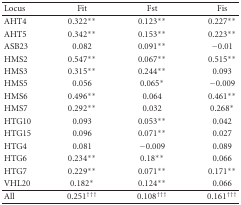
<table><thead><tr><td><b> Locus</b></td><td><b>Fit</b></td><td><b>Fst</b></td><td><b>Fis</b></td></tr></thead><tbody><tr><td>AHT4</td><td>0.322**</td><td>0.123**</td><td>0.227**</td></tr><tr><td>AHT5</td><td>0.342**</td><td>0.153**</td><td>0.223**</td></tr><tr><td>ASB23</td><td>0.082</td><td>0.091**</td><td>−0.01</td></tr><tr><td>HMS2</td><td>0.547**</td><td>0.067**</td><td>0.515**</td></tr><tr><td>HMS3</td><td>0.315**</td><td>0.244**</td><td>0.093</td></tr><tr><td>HMS5</td><td>0.056</td><td>0.065*</td><td>−0.009</td></tr><tr><td>HMS6</td><td>0.496**</td><td>0.064</td><td>0.461**</td></tr><tr><td>HMS7</td><td>0.292**</td><td>0.032</td><td>0.268*</td></tr><tr><td>HTG10</td><td>0.093</td><td>0.053**</td><td>0.042</td></tr><tr><td>HTG15</td><td>0.096</td><td>0.071**</td><td>0.027</td></tr><tr><td>HTG4</td><td>0.081</td><td>−0.009</td><td>0.089</td></tr><tr><td>HTG6</td><td>0.234**</td><td>0.18**</td><td>0.066</td></tr><tr><td>HTG7</td><td>0.229**</td><td>0.071**</td><td>0.171**</td></tr><tr><td>VHL20</td><td>0.182*</td><td>0.124**</td><td>0.066</td></tr><tr><td>All</td><td>0.251<sup>†††</sup></td><td>0.108<sup>†††</sup></td><td>0.161<sup>†††</sup></td></tr></tbody></table>